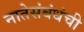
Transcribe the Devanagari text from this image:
नातेसंबंधंची